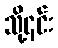
သို့၎င်း